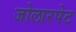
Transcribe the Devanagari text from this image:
जोलारपेट